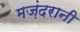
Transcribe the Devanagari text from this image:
मज़ंदरानी